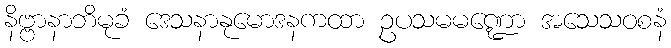
နိဗ္ဗာနာဘိမုခံ ဒေသနာနုမောဒနကထာ ဥပသမမဏ္ဍော အသေသဝစနံ